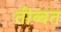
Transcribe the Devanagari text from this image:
तीब्‍बत